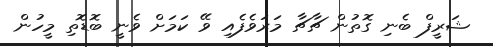
ޝަރީފް ބެނި ގޮތުން ޗާޗާ މަރަވެފެއި ވޭ ކަމަށް ވެނީ ބޮޑޮތި މީހުން